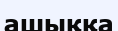
ашыққа